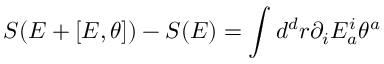
S ( E + [ E , \theta ] ) - S ( E ) = \int d ^ { d } r \partial _ { i } E _ { a } ^ { i } \theta ^ { a }